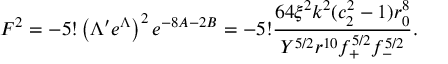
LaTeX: F ^ { 2 } = - 5 ! \left( \Lambda ^ { \prime } e ^ { \Lambda } \right) ^ { 2 } e ^ { - 8 A - 2 B } = - 5 ! \frac { 6 4 \xi ^ { 2 } k ^ { 2 } ( c _ { 2 } ^ { 2 } - 1 ) r _ { 0 } ^ { 8 } } { Y ^ { 5 / 2 } r ^ { 1 0 } f _ { + } ^ { 5 / 2 } f _ { - } ^ { 5 / 2 } } .